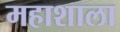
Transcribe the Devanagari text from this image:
महाशाला